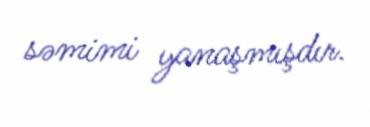
səmimi yanaşmışdır.